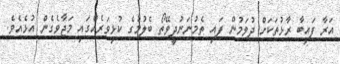
އަރާ ފައިބާ ރާޅުތަކަށް ދުވަމުން ފައި ތެމުނަނުދީވޭތޯ ބެލުމުގެ ކުޅިވަރެއްގައި މަޖާވެގެން އުޅެއެވެ.